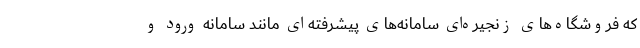
که فروشگاه‌های زنجیره‌ای سامانه‌های پیشرفته‌ای مانند سامانه ورود و